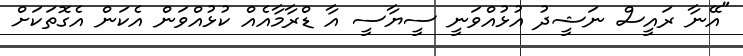
"އޭނާ ރައީސް ނަޝީދު އުޅުއްވަނީ ސީޔާސީ އާ ޑްރާމާއެއް ކުޅުއްވަން އެކަން އެގޮތަކަށް